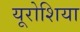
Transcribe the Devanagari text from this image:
यूरोशिया